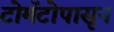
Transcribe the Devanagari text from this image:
टोमॅटोपासून